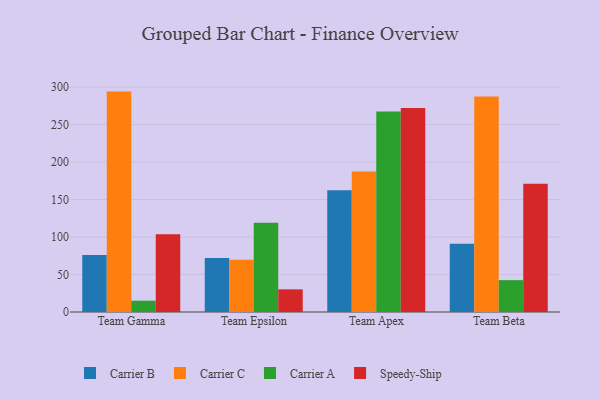
{"axis": {"x": "Team", "y": "Temperature (°C)"}, "legend": ["Carrier A", "Carrier B", "Carrier C", "Speedy-Ship"], "data": [{"x": "Team Gamma", "y": 76.1, "type": "Carrier B"}, {"x": "Team Gamma", "y": 294.0, "type": "Carrier C"}, {"x": "Team Gamma", "y": 15.1, "type": "Carrier A"}, {"x": "Team Gamma", "y": 103.7, "type": "Speedy-Ship"}, {"x": "Team Epsilon", "y": 72.0, "type": "Carrier B"}, {"x": "Team Epsilon", "y": 69.8, "type": "Carrier C"}, {"x": "Team Epsilon", "y": 119.0, "type": "Carrier A"}, {"x": "Team Epsilon", "y": 30.2, "type": "Speedy-Ship"}, {"x": "Team Apex", "y": 162.3, "type": "Carrier B"}, {"x": "Team Apex", "y": 187.4, "type": "Carrier C"}, {"x": "Team Apex", "y": 267.6, "type": "Carrier A"}, {"x": "Team Apex", "y": 272.2, "type": "Speedy-Ship"}, {"x": "Team Beta", "y": 91.0, "type": "Carrier B"}, {"x": "Team Beta", "y": 287.3, "type": "Carrier C"}, {"x": "Team Beta", "y": 42.5, "type": "Carrier A"}, {"x": "Team Beta", "y": 171.1, "type": "Speedy-Ship"}]}